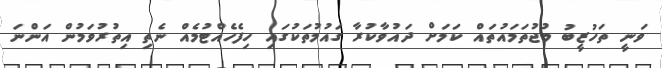
ވަނީ ތަހުޒީބު މުޖުތަމައުތައް ކަމަށް ދައުވާކުރާ ގައުމުތަކުގައި ހިފެހެއްޓުމެއް ނެތި އިތުރުވަމުން އަންނަ